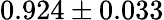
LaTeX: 0.924\pm 0.033